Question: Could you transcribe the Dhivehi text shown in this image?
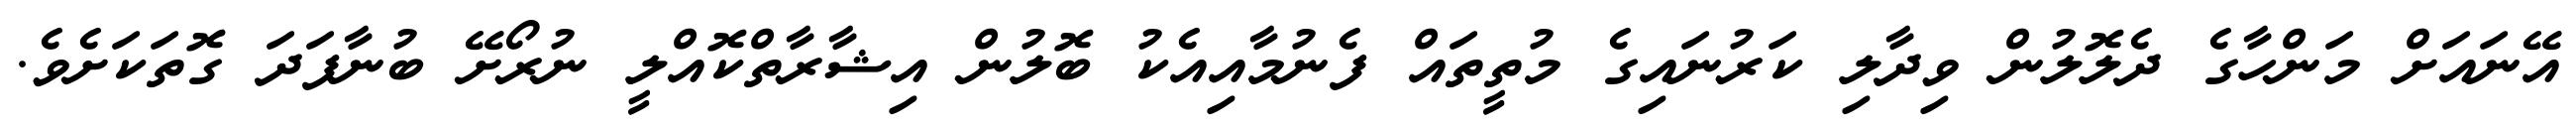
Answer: އޭނައަށް މަންހާގެ ދެލޮލުން ވިދާލި ކަރުނައިގެ މުތީތައް ފެނުމާއިއެކު ބޮލުން އިޝާރާތްކޮއްލީ ނުރޯށޭ ބުނާފަދަ ގޮތަކަށެވެ.